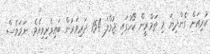
ކުރިއަށް ގެންދިޔަ މި ތަމްރީން ކޯހުގައި ޖުމްލަ 154 ދަރިވަރުން ބައިވެރިވިއެވެ. ނަމަވެސް